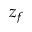
z _ { f }